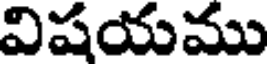
విషయము